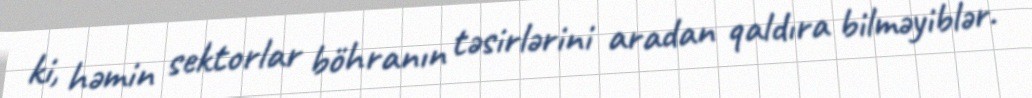
ki, həmin sektorlar böhranın təsirlərini aradan qaldıra bilməyiblər.